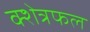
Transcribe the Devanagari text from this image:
क्शेत्रफल